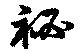
秘